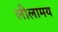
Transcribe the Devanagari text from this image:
लीलामय